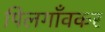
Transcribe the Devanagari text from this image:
पिलगाँवकर